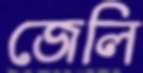
জেলি